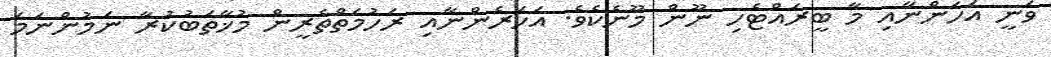
ވަނީ އަހަންނާއި މާ ބީރައްޓެހި ނޫން މޫނެކެވެ. އަހަރެންނާއި ރަހުމަތްތެރީން މުޚާތަބުކުރާ ނަމުންނަމަ